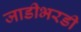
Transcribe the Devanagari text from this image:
जाडीभरडी